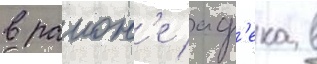
в раион'е аф'ека в